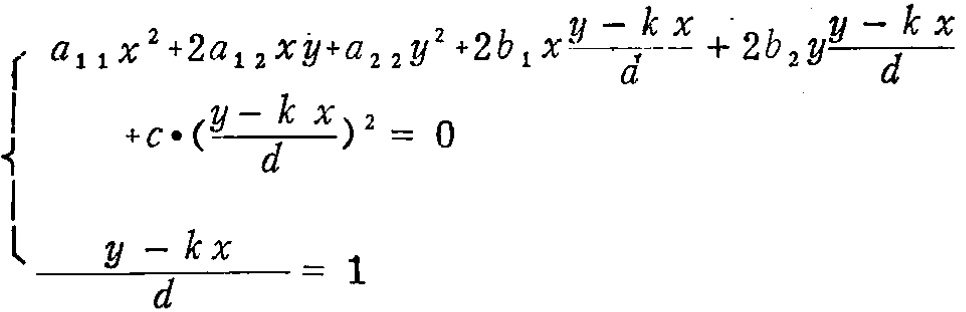
\[
\begin{cases}
a_{11}x^{2}+2a_{12}xy + a_{22}y^{2}+2b_{1}x\frac{y - kx}{d}+2b_{2}y\frac{y - kx}{d}+c\cdot(\frac{y - kx}{d})^{2}=0\\
\frac{y - kx}{d}=1
\end{cases}
\]